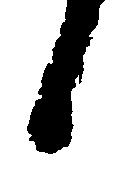
候